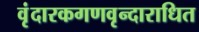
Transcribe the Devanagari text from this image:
वृंदारकगणवृन्दाराधित